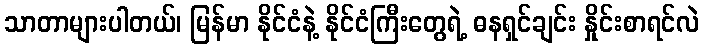
သာတာများပါတယ်၊ မြန်မာ နိုင်ငံနဲ့ နိုင်ငံကြီးတွေရဲ့ ဓနရှင်ချင်း နှိုင်းစာရင်လဲ